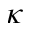
\kappa